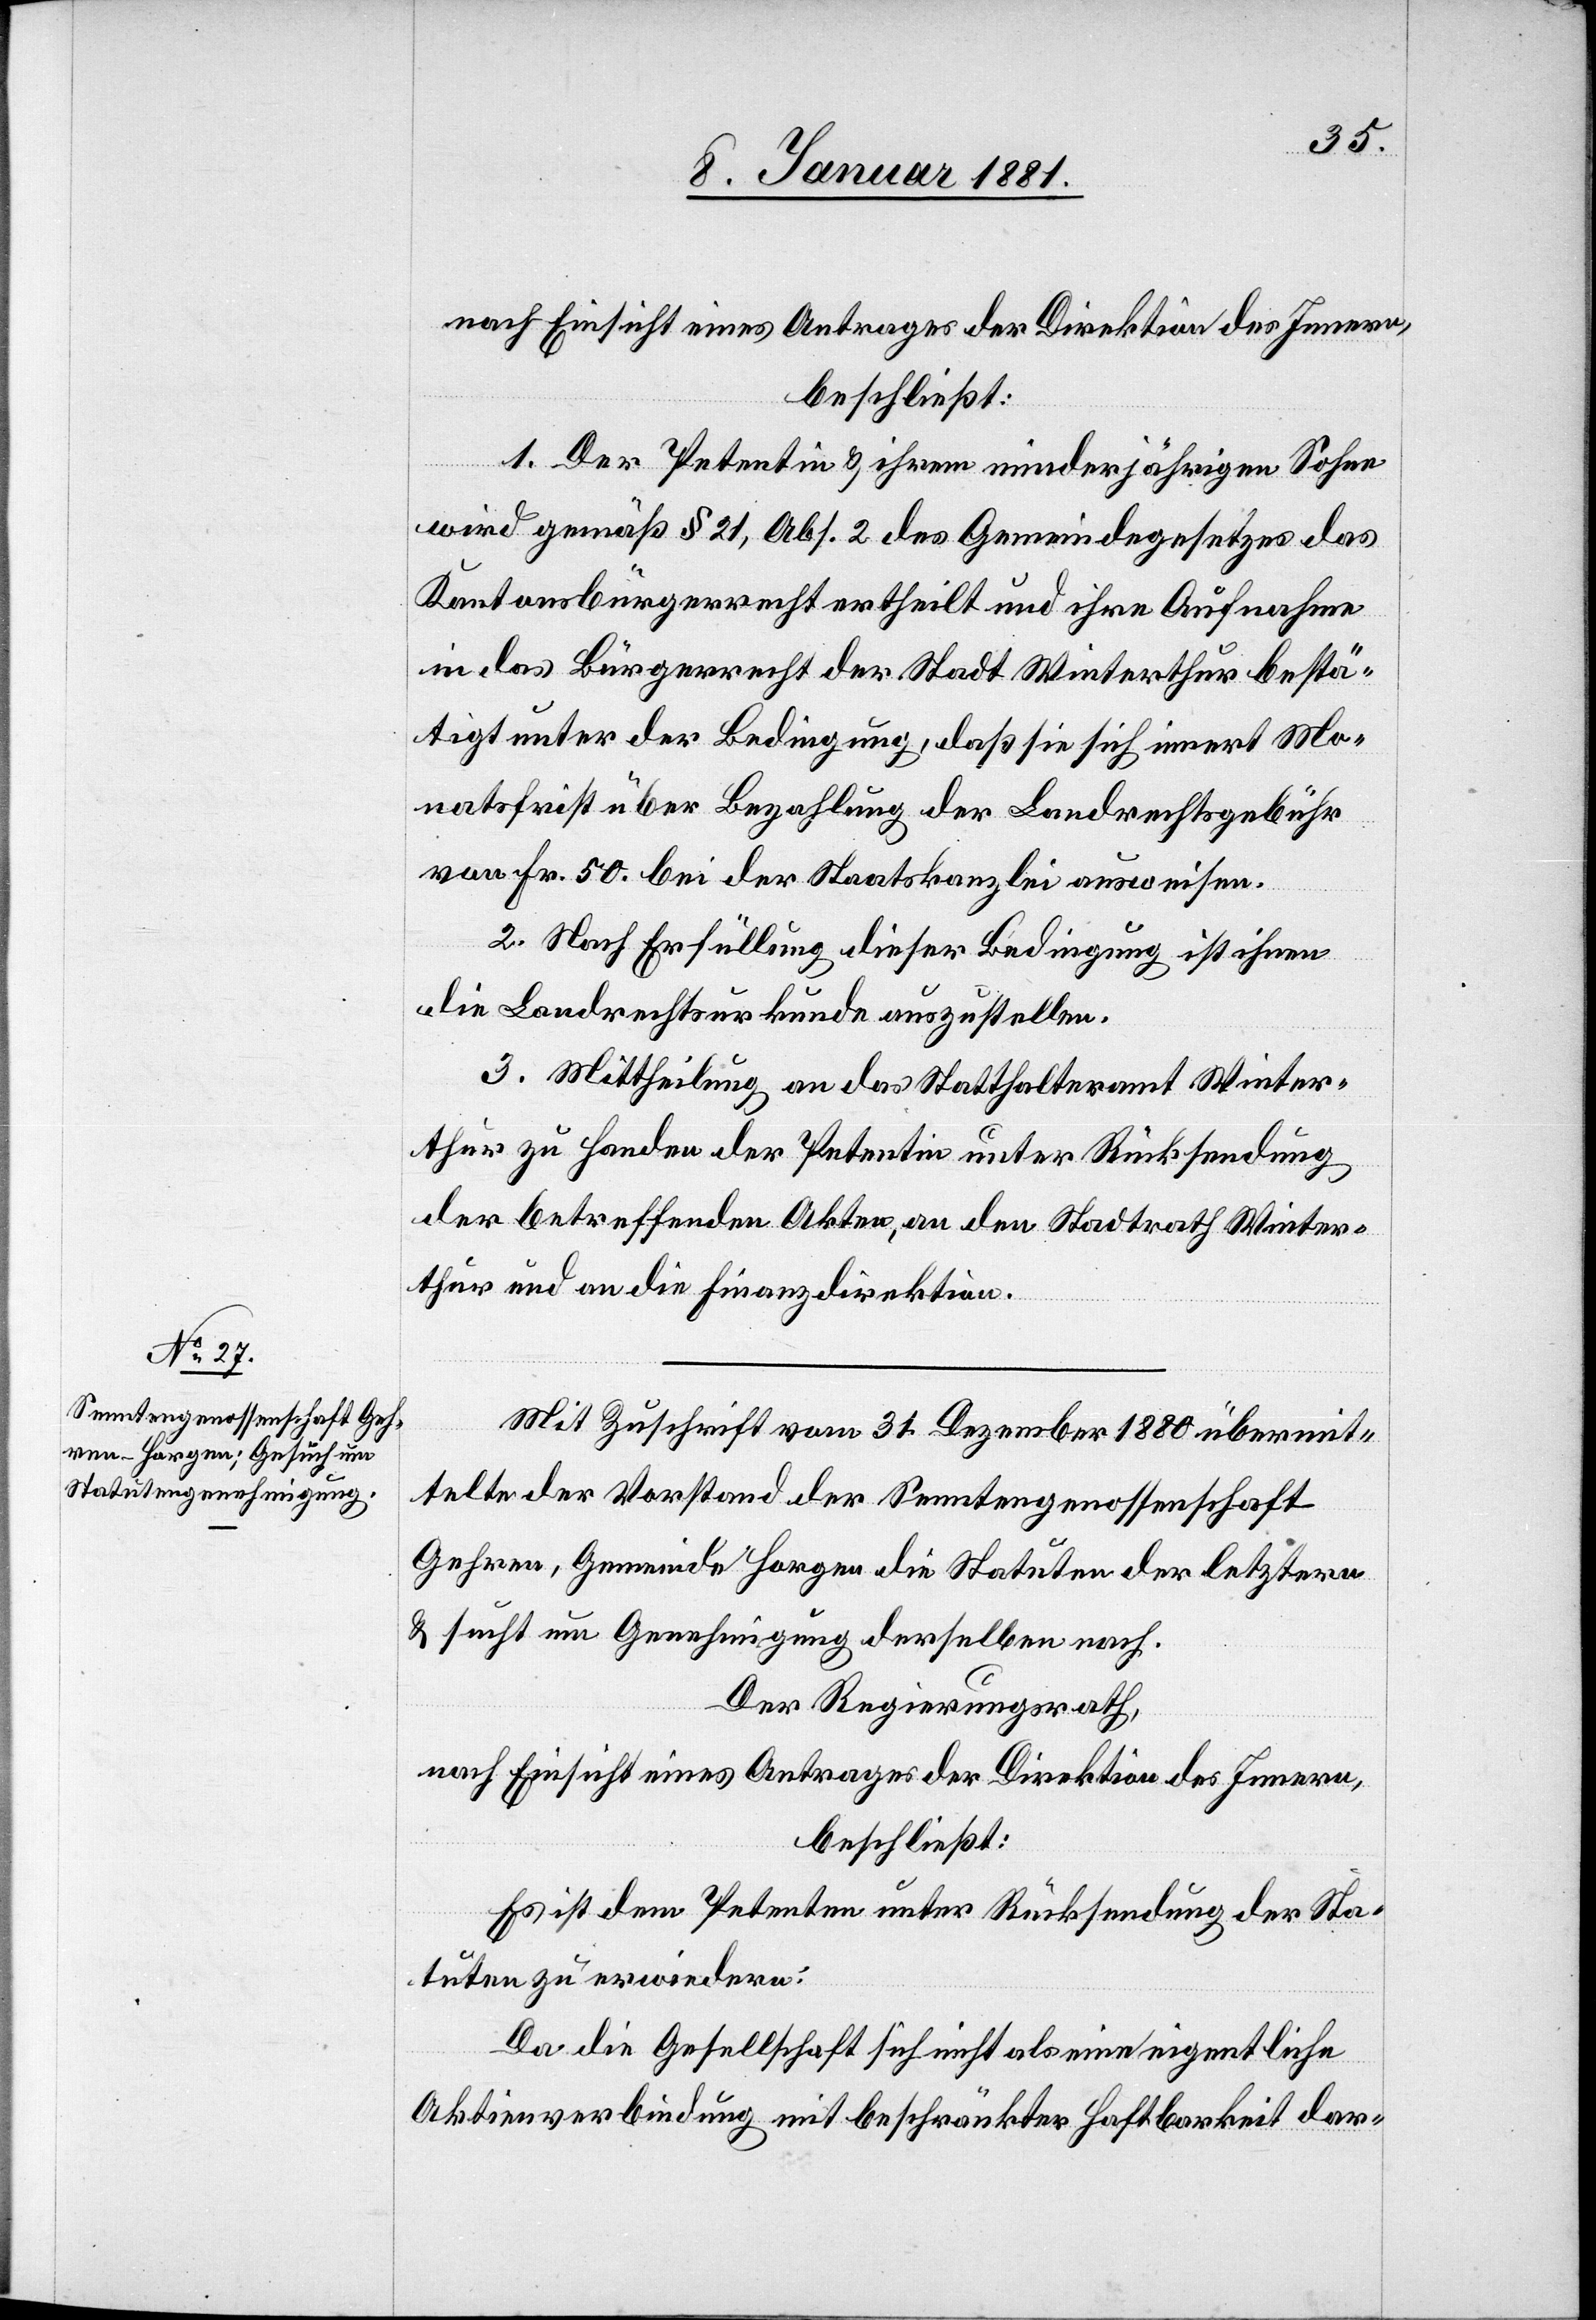
nach Einsicht eines Antrages der Direktion des Innern,
beschließt:
1. Der Petentin & ihrem minderjährigen Sohne
wird gemäß § 21, Abs. 2 des Gemeindegesetzes das
Kantonsbürgerrecht ertheilt und ihre Aufnahme
in das Bürgerrecht der Stadt Winterthur bestä¬
tigt unter der Bedingung, daß sie sich innert Mo¬
natsfrist über Bezahlung der Landrechtsgebühr
von Fr. 50. bei der Staatskanzlei ausweisen.
2. Nach Erfüllung dieser Bedingung ist ihnen
die Landrechtsurkunde auszustellen.
3. Mittheilung an das Statthalteramt Winter¬
thur zur Handen der Petentin unter Rücksendung
der betreffenden Akten, an den Stadtrath Winter¬
thur und an die Finanzdirektion.
Mit Zuschrift vom 31. Dezember 1880 übermit¬
telte der Vorstand der Senntengenossenschaft
Gehren, Gemeinde Horgen die Statuten der letztern
& sucht um Genehmigung derselben nach.
Der Regierungsrath,
nach Einsicht eines Antrages der Direktion des Innern,
beschließt:
Es ist dem Petenten unter Rücksendung der Sta¬
tuten zu erwiedern:
Da die Genossenschaft sich nicht als eine eigentliche
Aktienverbindung mit beschränkter Haftbarkeit dar-